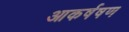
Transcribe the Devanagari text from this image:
आकर्षषण